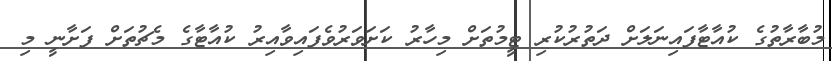
މުބާރާތުގެ ކުއާޓާފައިނަލަށް ދަތުރުކުރި ޓީމުތަށް މިހާރު ކަށަވަރުވެފައިވާއިރު ކުއާޓާގެ މެޗުތަށް ފަށާނީ މި